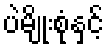
ပဲမျိုးစုံနှင့်